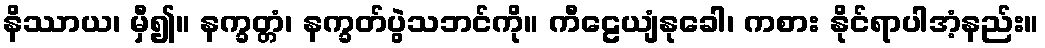
နိဿာယ၊ မှီ၍။ နက္ခတ္တံ၊ နက္ခတ်ပွဲသဘင်ကို။ ကီဠေယျံနုခေါ၊ ကစား နိုင်ရာပါအံ့နည်း။